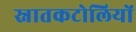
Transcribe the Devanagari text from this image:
स्नातकटोलियों